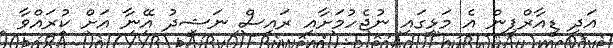
އަދި ޑީއާރްޕީން އެ މަޅީގައި ނުޖެހުމަށާއި ރައީސް ނަޝީދު އޭނާ އަށް ކުރައްވާ